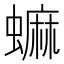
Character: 䗫